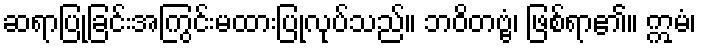
ဆရာပြုခြင်းအကြွင်းမထားပြုလုပ်သည်။ ဘဝိတဗ္ဗံ၊ ဖြစ်ရာ၏။ ဣမံ၊